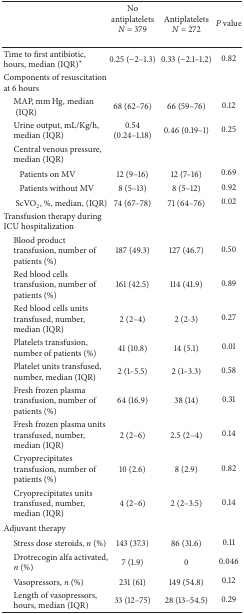
|  | No antiplateletsN = 379 | AntiplateletsN = 272 | P value |
 | --- | --- | --- | --- |
 | Time to first antibiotic, hours, median (IQR)* | 0.25 (−2–1.3) | 0.33 (−2.1–1.2) | 0.82 |
 | Components of resuscitation at 6 hours |  |  |  |
 | MAP, mm Hg, median (IQR) | 68 (62–76) | 66 (59–76) | 0.12 |
 | Urine output, mL/Kg/h, median (IQR) | 0.54 (0.24–1.18) | 0.46 (0.19–1) | 0.25 |
 | Central venous pressure, median (IQR) |  |  |  |
 | Patients on MV | 12 (9–16) | 12 (7–16) | 0.69 |
 | Patients without MV | 8 (5–13) | 8 (5–12) | 0.92 |
 | ScVO2, %, median, (IQR) | 74 (67–78) | 71 (64–76) | 0.02 |
 | Transfusion therapy during ICU hospitalization |  |  |  |
 | Blood product transfusion, number of patients (%) | 187 (49.3) | 127 (46.7) | 0.50 |
 | Red blood cells transfusion, number of patients (%) | 161 (42.5) | 114 (41.9) | 0.89 |
 | Red blood cells units transfused, number, median (IQR) | 2 (2–4) | 2 (2-3) | 0.27 |
 | Platelets transfusion, number of patients (%) | 41 (10.8) | 14 (5.1) | 0.01 |
 | Platelet units transfused, number, median (IQR) | 2 (1–5.5) | 2 (1–3.3) | 0.58 |
 | Fresh frozen plasma transfusion, number of patients (%) | 64 (16.9) | 38 (14) | 0.31 |
 | Fresh frozen plasma units transfused, number, median (IQR) | 2 (2–6) | 2.5 (2–4) | 0.14 |
 | Cryoprecipitates transfusion, number of patients (%) | 10 (2.6) | 8 (2.9) | 0.82 |
 | Cryoprecipitates units transfused, number, median (IQR) | 4 (2–6) | 2 (2–3.5) | 0.14 |
 | Adjuvant therapy |  |  |  |
 | Stress dose steroids, n (%) | 143 (37.3) | 86 (31.6) | 0.11 |
 | Drotrecogin alfa activated, n (%) | 7 (1.9) | 0 | 0.046 |
 | Vasopressors, n (%) | 231 (61) | 149 (54.8) | 0.12 |
 | Length of vasopressors, hours, median (IQR) | 33 (12–75) | 28 (13–54.5) | 0.29 |